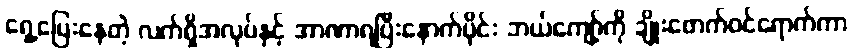
ရှေ့ပြေးနေတဲ့ လက်ရှိအလုပ်နှင့် အာဏာရပြီးနောက်ပိုင်း ဘယ်ကျော့်ကို ချိုးဖောက်ဝင်ရောက်ကာ